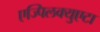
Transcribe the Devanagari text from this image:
एज्पिलक्युएटा